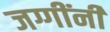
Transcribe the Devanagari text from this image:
जग्गींनी